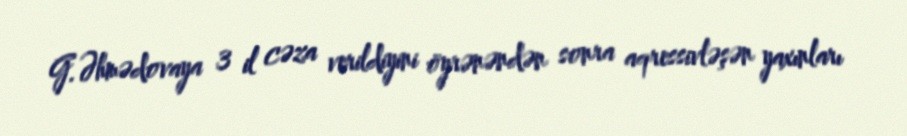
G.Əhmədovaya 3 il cəza verildiyini öyrənəndən sonra aqressivləşən yaxınları